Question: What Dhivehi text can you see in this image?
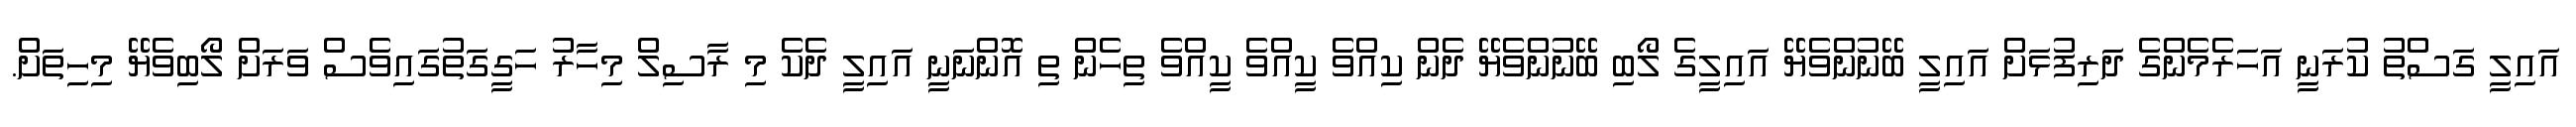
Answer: އައިލީ ގަސްތު ކުރަނީ އަހަރެމެންގެ ދަރިފުޅަށް އައިލީ ބޭނުންވެޔޭ އައިލީގެ ލޯބި ބޭނުންވެޔޭ ދެން ކިއްވެ ކީއްވެ ކީއްވެ ތިހެން ތި އޮންނަނީ އައިލީ ދެކެ މި ރާސިލް މިހާރު ހަގީގަތުގައިވެސް ވަރަށް ލޯބިވެޔޭ މިހިތަށް.